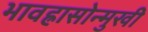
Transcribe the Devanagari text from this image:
भावह्रासोन्मुखी